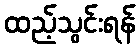
ထည့်သွင်းရန်